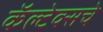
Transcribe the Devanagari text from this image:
कॅल्टेक्सचे